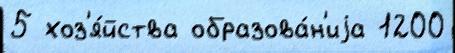
5 хоз'я́йства образова́н'иjа 1200